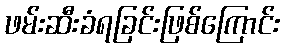
ဖမ်းဆီးခံရခြင်းဖြစ်ကြောင်း